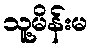
သူ့မိန်းမ